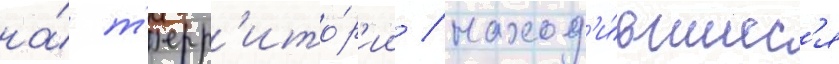
на́ т'ерр'ито́р'ии / наход'и́вшиес'я